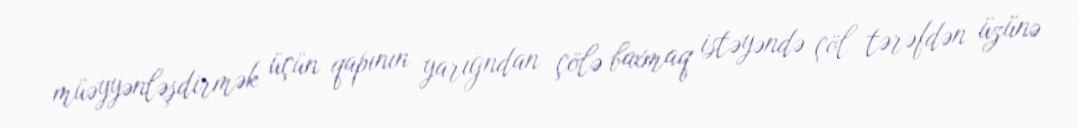
müəyyənləşdirmək üçün qapının yarığndan çölə baxmaq istəyəndə çöl tərəfdən üzünə